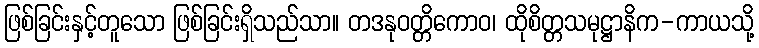
ဖြစ်ခြင်းနှင့်တူသော ဖြစ်ခြင်းရှိသည်သာ။ တဒနုဝတ္တိကောဝ၊ ထိုစိတ္တသမုဋ္ဌာနိက-ကာယသို့